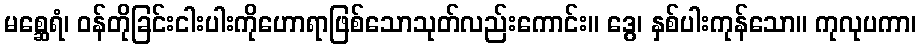
မစ္ဆေရံ၊ ဝန်တိုခြင်းငါးပါးကိုဟောရာဖြစ်သောသုတ်လည်းကောင်း။ ဒွေ၊ နှစ်ပါးကုန်သော။ ကုလုပကာ၊